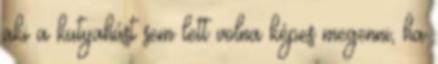
aki a kutyahúst sem lett volna képes megenni, ha